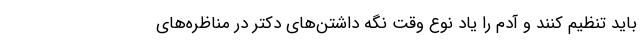
باید تنظیم کنند و آدم را یاد نوع وقت نگه داشتن‌های دکتر در مناظره‌های